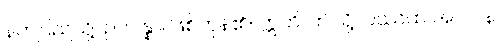
နတ်ပြည်သို့။ ဥပပန္နာ၊ ဖြစ်ကုန်၏။ ဣတိ၊ ဤသို့။ ပဿထ အပိ ပန၊